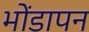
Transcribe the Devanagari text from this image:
भोंडापन